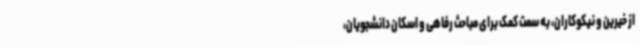
از خیرین و نیکوکاران، به سمت کمک برای مباحث رفاهی و اسکان دانشجویان،